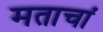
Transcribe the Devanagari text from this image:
मताचां